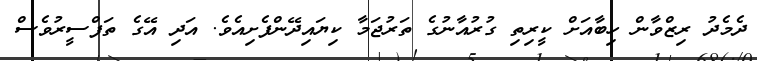
ދެމެދު ރިޒްވާން ހިބާއަށް ކީރިތި ގުރުއާނުގެ ތަރުޖަމާ ކިޔައިދޭންފެށިއެވެ. އަދި އޭގެ ތަފްސީރުވެސް